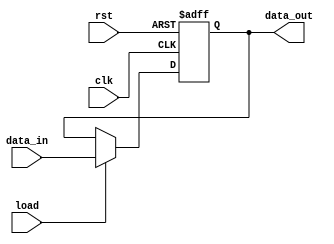

`timescale 1ns/1ns

module Reg2_CSR(
    clk,
    rst,
    load,
    data_in, 
    data_out 
);

    input clk, rst, load;
    input   [31:0] data_in;
    output  reg [31:0] data_out;
    
    always @ (posedge clk or posedge rst) begin
    
        if(rst)
            data_out <= 32'hffffffff;
        else if (load)
                data_out <= data_in;
            else 
                data_out <= data_out;
    end

endmodule